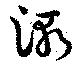
漸